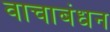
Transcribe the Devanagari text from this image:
वाचाबंधन